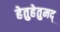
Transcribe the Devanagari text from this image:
हेतुहेतुमद्